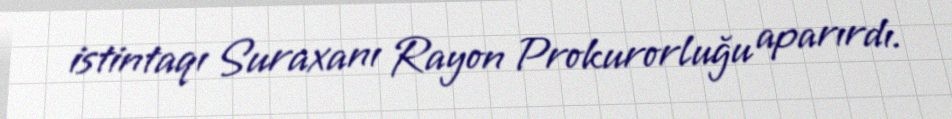
istintaqı Suraxanı Rayon Prokurorluğu aparırdı.